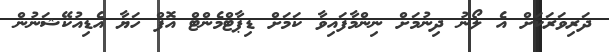
ދަރިވަރަކަށް އެ ލޯނު ދިނުމަށް ނިންމާފައިވާ ކަމަށް ޑިޕާޓްމެންޓް އޮފް ހަޔާ އެޑިއުކޭޝަނުން